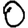
Digit: 0